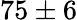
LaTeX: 75\pm 6